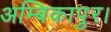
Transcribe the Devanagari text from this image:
अम्बिकापुर।